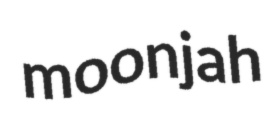
moonjah